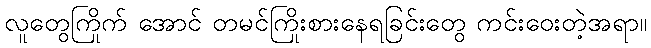
လူတွေကြိုက် အောင် တမင်ကြိုးစားနေရခြင်းတွေ ကင်းဝေးတဲ့အရာ။